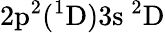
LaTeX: \mathrm{2p^{2}(^{1}D)3s~^{2}D}